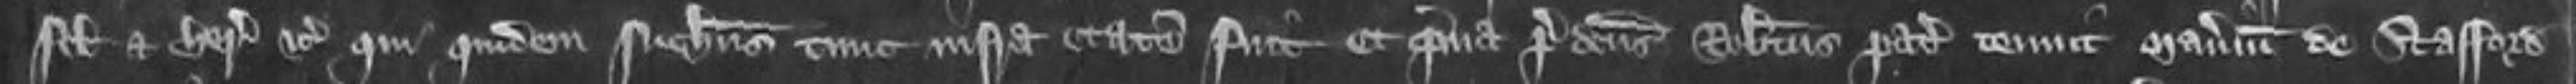
filio et heredi etc qui quidem Nicholaus tunc infra etatem fuit et quia predictus Robertus pater tenuit manerium de Stafford